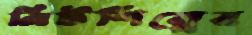
নিটশিল্পের